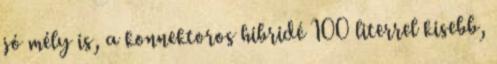
jó mély is, a konnektoros hibridé 100 literrel kisebb,